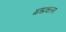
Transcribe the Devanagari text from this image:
मतप्रचालन